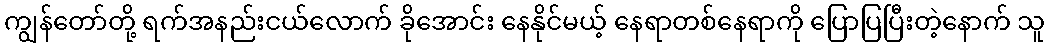
ကျွန်တော်တို့ ရက်အနည်းငယ်လောက် ခိုအောင်း နေနိုင်မယ့် နေရာတစ်နေရာကို ပြောပြပြီးတဲ့နောက် သူ